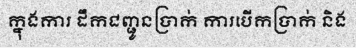
ក្នុងការ ដឹកជញ្ជូនប្រាក់ ការបើកប្រាក់ និង